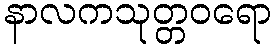
နာလကသုတ္တဝရော